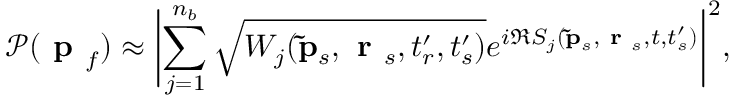
\mathcal { P } ( \textbf { p } _ { f } ) \approx \biggl | \displaystyle \sum _ { j = 1 } ^ { n _ { b } } \sqrt { W _ { j } ( \mathbf { \tilde { p } } _ { s } , \textbf { r } _ { s } , t _ { r } ^ { \prime } , t _ { s } ^ { \prime } ) } e ^ { i \Re S _ { j } ( \mathbf { \tilde { p } } _ { s } , \textbf { r } _ { s } , t , t _ { s } ^ { \prime } ) } \biggr | ^ { 2 } ,